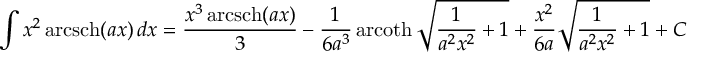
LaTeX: \int x ^ { 2 } \operatorname { a r c s c h } ( a x ) \, d x = { \frac { x ^ { 3 } \operatorname { a r c s c h } ( a x ) } { 3 } } - { \frac { 1 } { 6 a ^ { 3 } } } \operatorname { a r c o t h } { \sqrt { { \frac { 1 } { a ^ { 2 } x ^ { 2 } } } + 1 } } + { \frac { x ^ { 2 } } { 6 a } } { \sqrt { { \frac { 1 } { a ^ { 2 } x ^ { 2 } } } + 1 } } + C